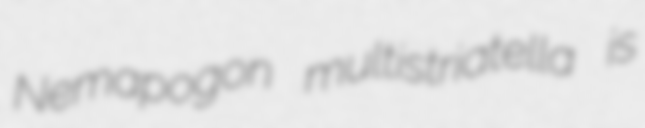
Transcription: Nemapogon multistriatella is